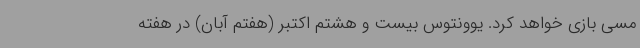
مسی بازی خواهد کرد. یوونتوس بیست و هشتم اکتبر (هفتم آبان) در هفته